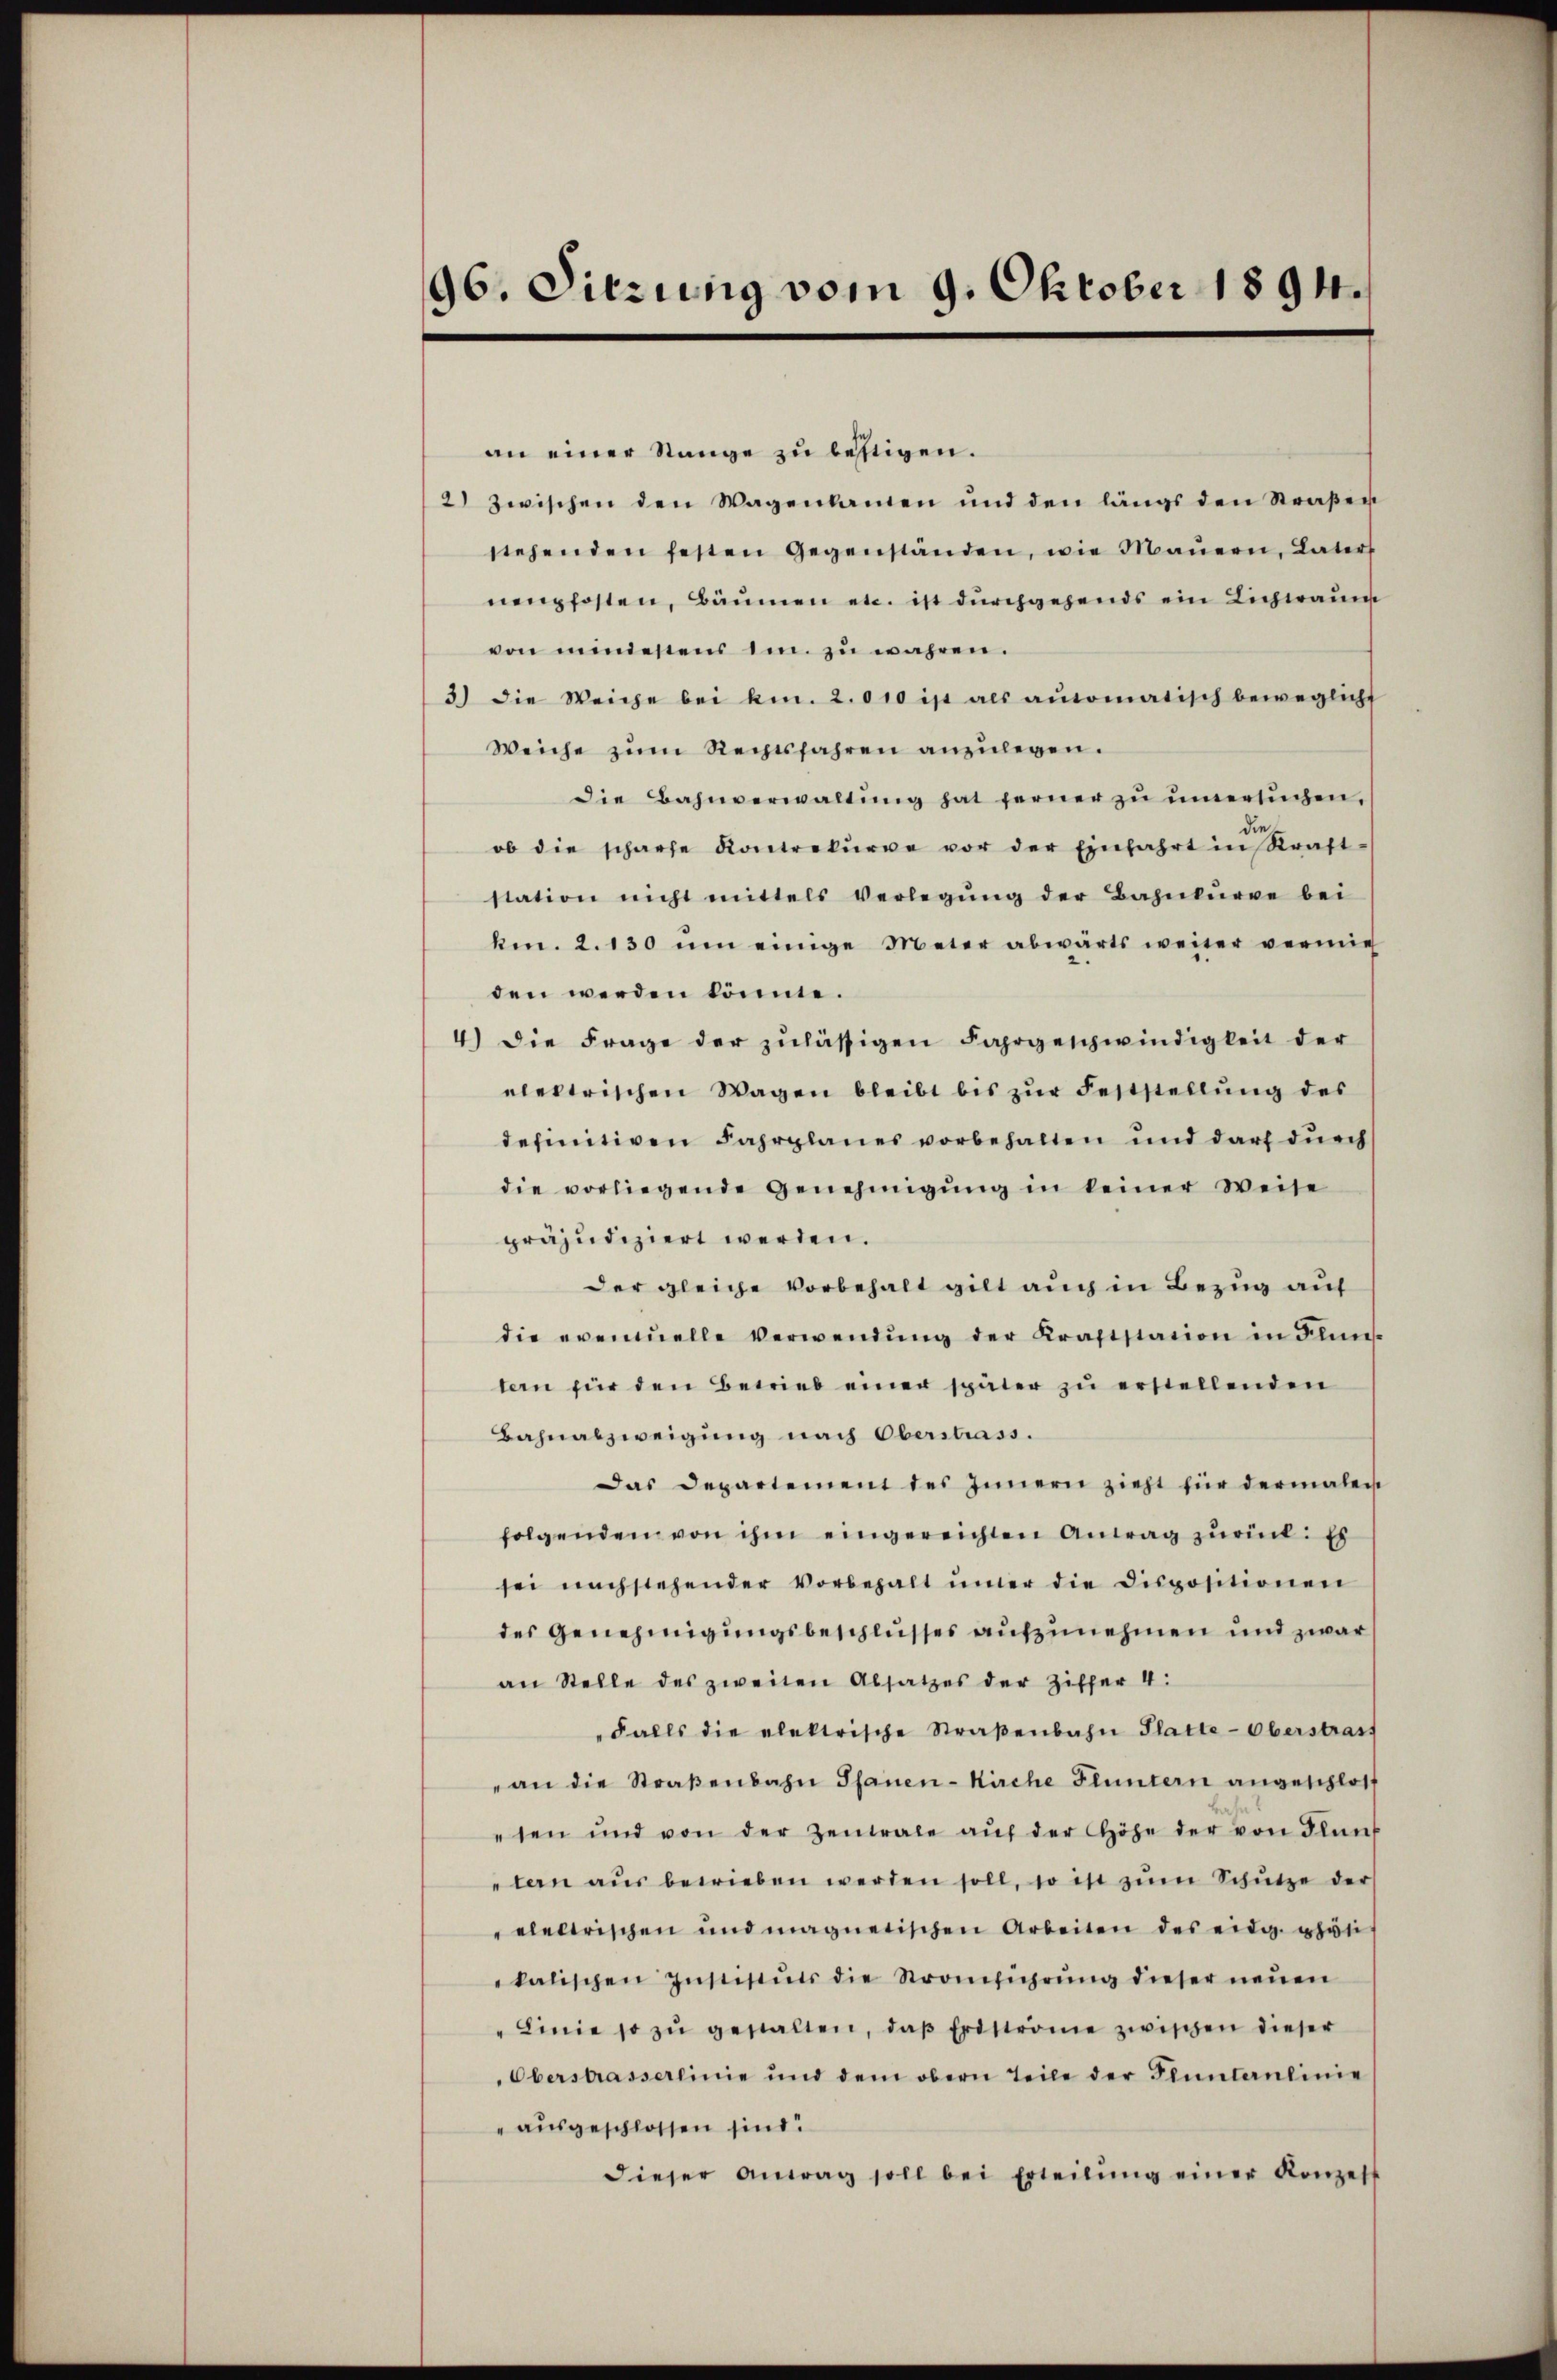
96. Sitzung vom 9. Oktober 1894.

an einer Stange zu bestigen.
2) zwischen den Wagenkamen und den längs den Straβen
stehenden festen Gegenständen, wie Mauern, Laters
nempfosten, Bäumen etc. ist durchgehends ein Lichwaum
von ministens im zu wahren.
3) die Weiche bei kn. 2. 010 ist als aŭsomatisch beweglicht
Weiche zum Rechtsfahren anzulegen.
die Bahnverwaltŭng hat ferner zŭ ŭnersŭchen,
sie
ob die scharfe Kontrekŭrre vor der Einfahrt in Kraft-
station nicht mittels Verlegŭng der Bahnkŭrre bei
kmn. 2. 130 um einige Meter abwärts weiter vermig
den werden könnte.
4.) Die Frage der zulässigen Fahrgeschwindigkeit der
elektrischen Wagen bleibt bis zur Feststellung des
definitiven Fahrplanes vorbehalten und darf durch
die vorliegende Genehmigŭng in keiner Weise
präjudiziert werden.
der gleiche Vorbehalt gilt auch in Bezug auf
die eventuelle Verwendŭng der Kraftstation in Flun
tern für den Betrieb einer später zu erstellenden
Bahnabzweigung nach Oberstrass.
Das Departement des Innern zieht für dermalen
folgenden von ihm eingereichten Antrag zurück: Es
sei nachstehender Vorbehalt imer die Dispositionen
des Genehmigungsbeschlusses aufzunehmen und zwar
an Stelle des zweiten Absatzes der Ziffer 4:
"Falls die elektrische Straβenbahn Platte-Oberstraft
an die Straβenbahn Pfauen- Kirche Fluntern angeschloss
esen und von der Zentrale aŭf der Höhe der von Blank
tern aŭs betrieben werden soll, so ist zŭm Schütze der
elektrischen und magnetischen Arbeiten des eidg. phan
kalischen Instituts die Stromführŭng dieser neuen
" Linie so zŭ gestalten, daβ Erdstrome zwischen dieser
Oberstrasserlinie und dem obern Teile der Fluntaŭlinie
" ausgeschlossen sind.
dieser Antrag soll bei Erteilŭng einer Konzess